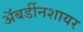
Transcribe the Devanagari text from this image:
अॅबर्डीनशायर